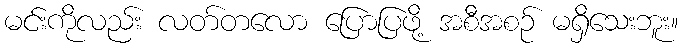
မင်းကိုလည်း လတ်တလော ပြောပြဖို့ အစီအစဉ် မရှိသေးဘူး။